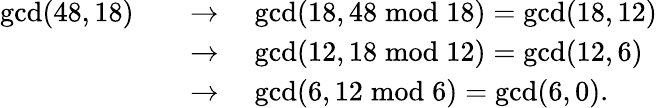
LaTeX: {\begin{array}{rl}{\operatorname*{gcd}(48,18)\quad}&{\to\quad\operatorname*{gcd}(18,48{\bmod{1}}8)=\operatorname*{gcd}(18,12)}\\ &{\to\quad\operatorname*{gcd}(12,18{\bmod{1}}2)=\operatorname*{gcd}(12,6)}\\ &{\to\quad\operatorname*{gcd}(6,12{\bmod{6}})=\operatorname*{gcd}(6,0).}\end{array}}